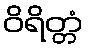
ဝိရိတ္တံ